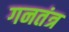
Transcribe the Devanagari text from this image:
गनतंत्र